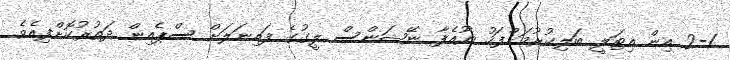
2-1 އިން އިޓަލީ ބަލިކުރުމަށްފަހު ޔޫއެފާ ނޭޝަންސް ލީގުގެ ފައިނަލަށް ސްޕެއިން ދަތުރުކޮށްފިއެވެ.